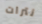
نترات